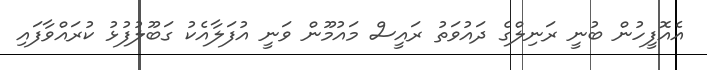
އެއޮފީހުން ބުނީ ރަނިލްގެ ދައުވަތު ރައީސް މައުމޫން ވަނީ އުފަލާއެކު ގަބޫލުފުޅު ކުރައްވާފައި